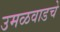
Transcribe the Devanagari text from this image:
उमळवाडचे